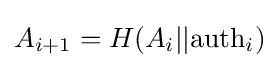
A_{i+1}=H(A_{i}||{\text{auth}}_{i})